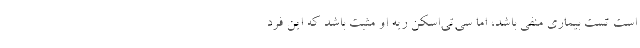
است تست بیماری منفی باشد، اما سی‌تی‌اسکن ریه او مثبت باشد که این فرد